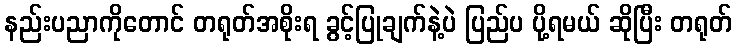
နည်းပညာကိုတောင် တရုတ်အစိုးရ ခွင့်ပြုချက်နဲ့ပဲ ပြည်ပ ပို့ရမယ် ဆိုပြီး တရုတ်